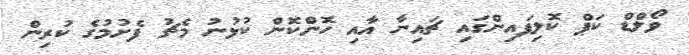
ވޯލްޑް ކަޕް ކޮލިފައިންގައި ޗައިނާ އާއި ހޮންކޮން ކުޅުނު މެޗު ފެށުމުގެ ކުރިން